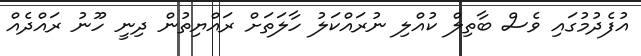
އުފެދުމުގައި ވެސް ބާތިލް ކުއްލި ނުރައްކަލު ހާލަތަށް ރައްޔިތުން ދިނީ ހޫނު ރައްދެއް